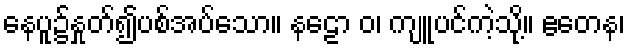
နေပူ၌နှုတ်၍ပစ်အပ်သော။ နဠော ဝ၊ ကျူပင်ကဲ့သို့။ ဧတေန၊